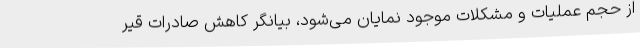
از حجم عملیات و مشکلات موجود نمایان می‌شود، بیانگر کاهش صادرات قیر